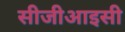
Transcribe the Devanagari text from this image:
सीजीआइसी